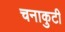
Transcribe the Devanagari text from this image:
चनाकुटी